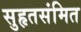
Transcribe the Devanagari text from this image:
सुहृतसंमित